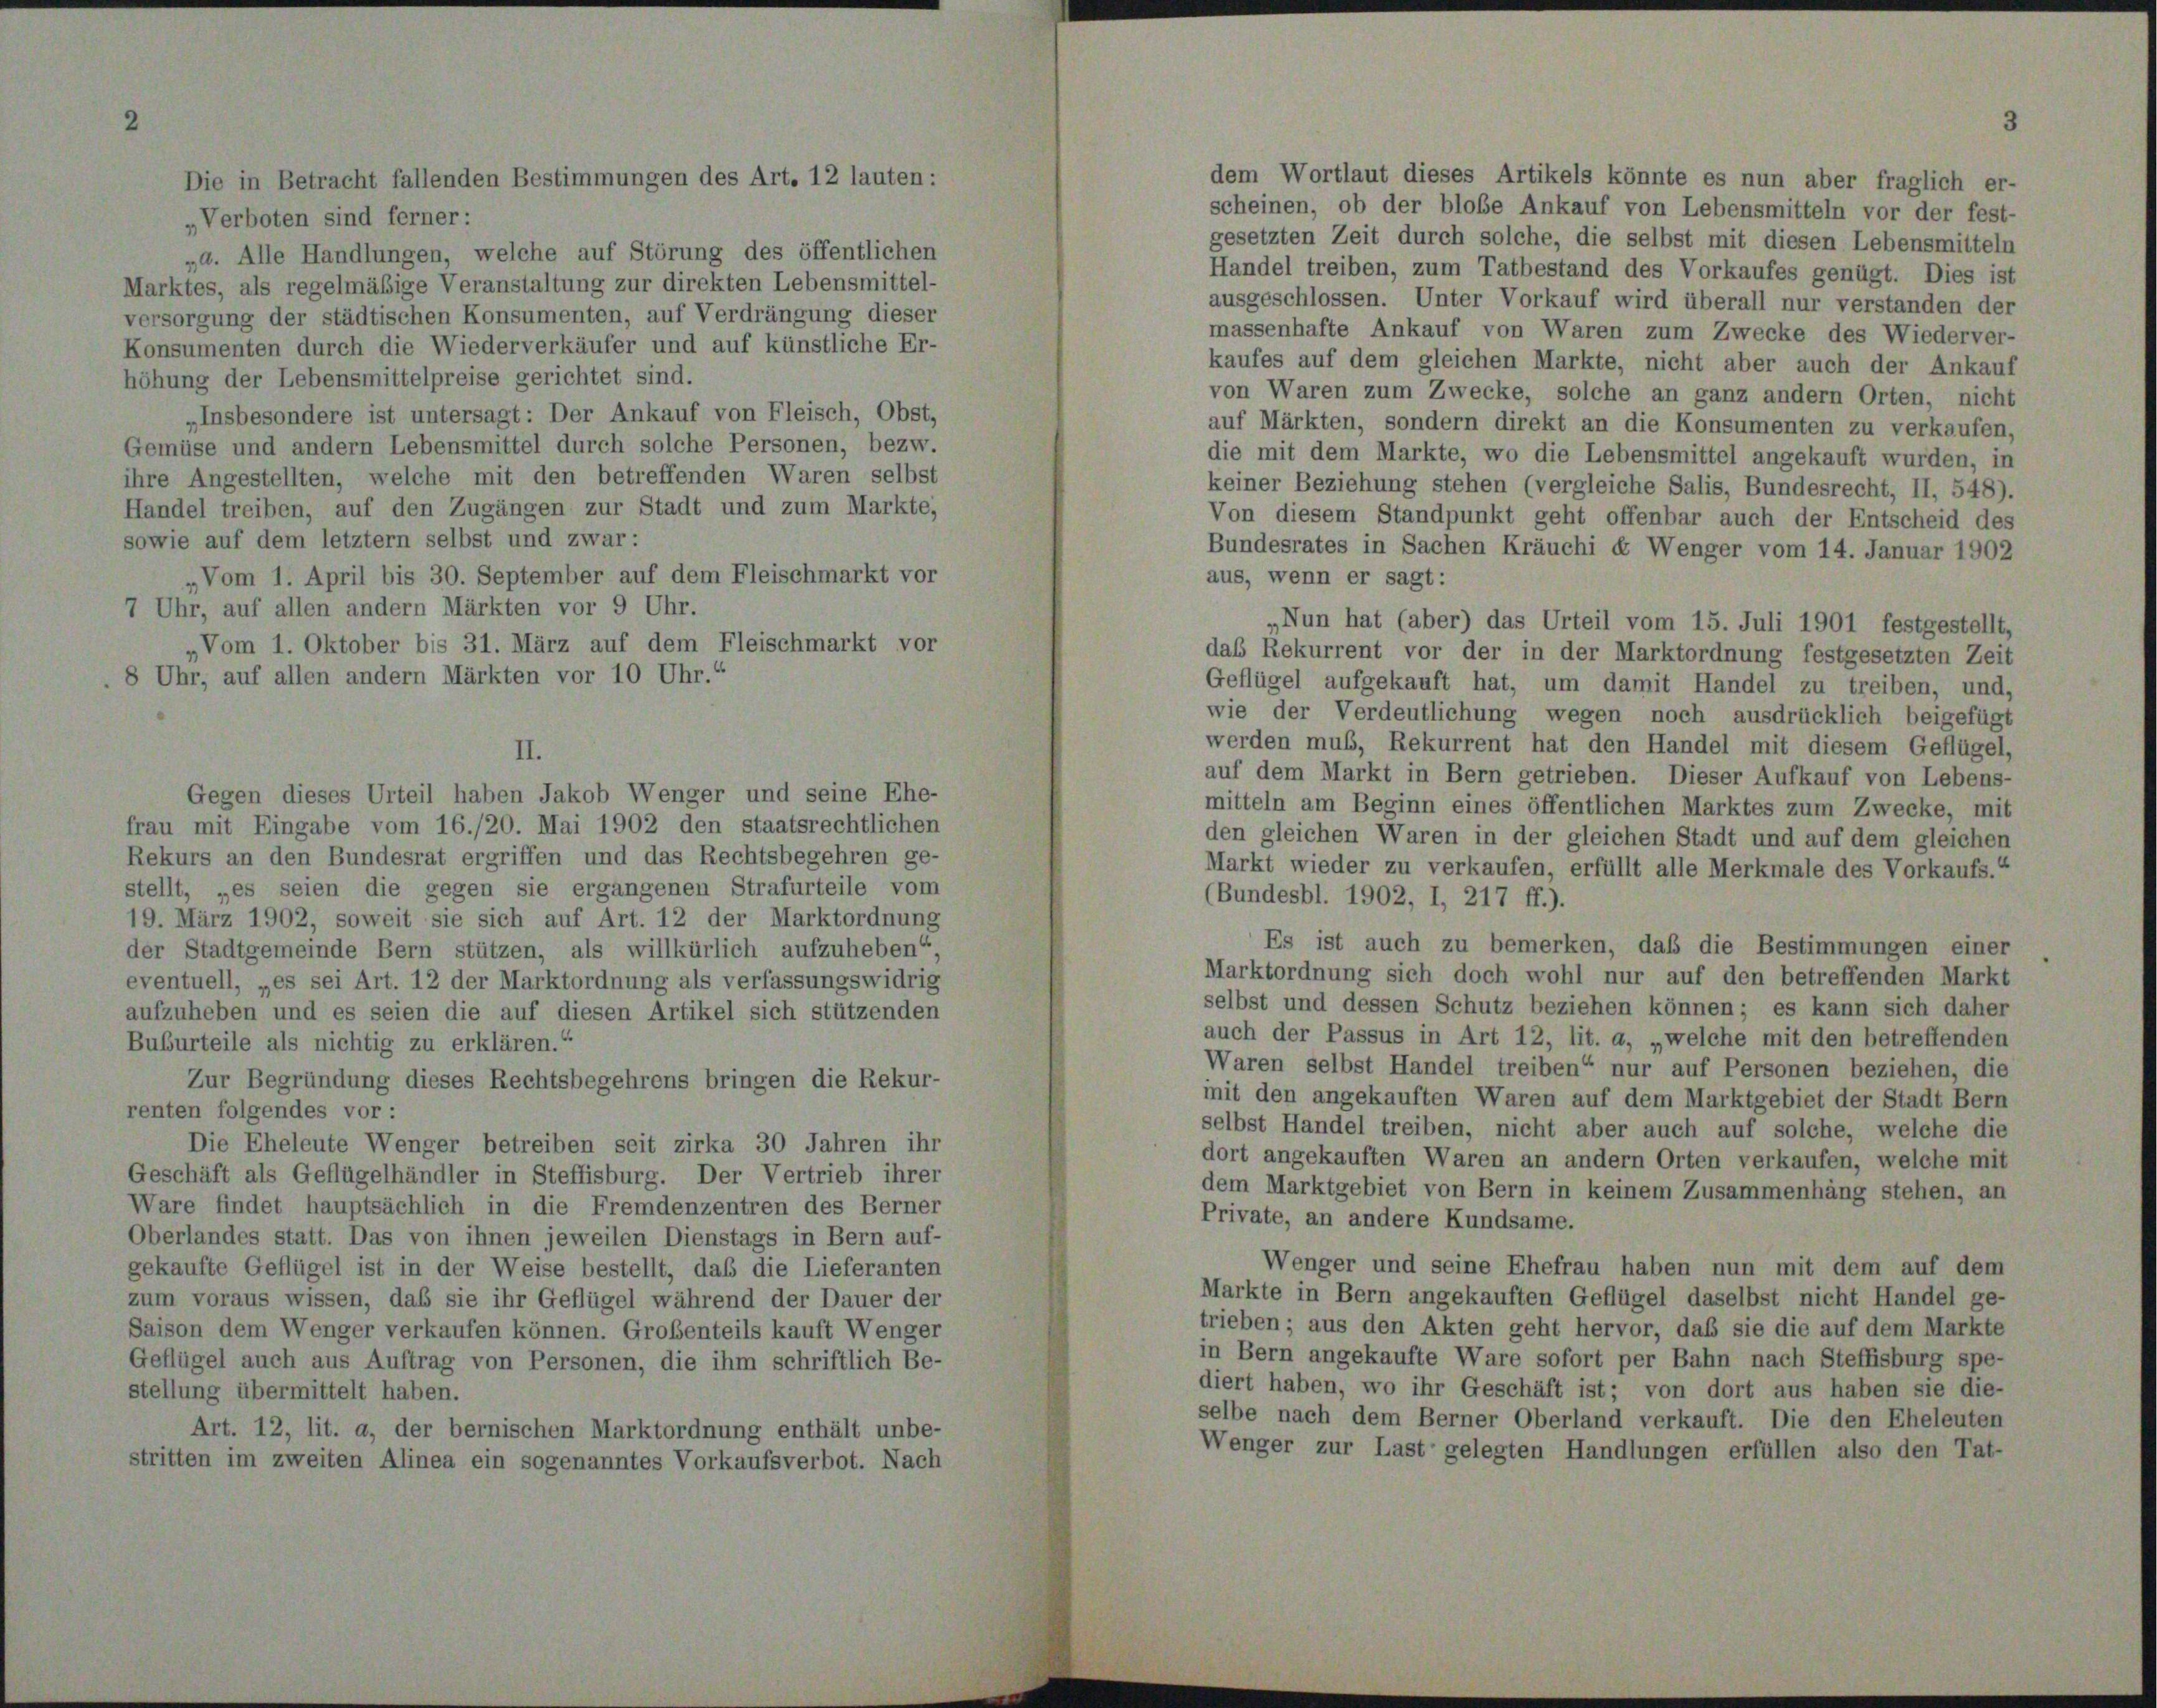
ndesrat ergriffen und das Rech
die gegen sie ergangenen St
weit sie sich auf Art. 12 der
Bern stützen, als willkürlich
Art. 12 der Marktordnung als ve
seien die auf diesen Artikel :

st: De
ittel d.

I

r Ank
urch s.
betre
zur Si

er in Steffisburg.
h in die Frem
ihnen jeweilen
er Weise bestell
sie ihr Geflügel v

er auf dem
or 9 Uhr.

.

d

em

F

der

Vertrie

daß die Lie

dem Wortlaut dieses Artikels könnte es nun aber fraglich er-
scheinen, ob der bloße Ankauf von Lebensmitteln vor der fest-
gesetzten Zeit durch solche, die selbst mit diesen Lebensmitteln
Handel treiben, zum Tatbestand des Vorkaufes genügt. Dies ist
ausgeschlossen. Unter Vorkauf wird überall nur verstanden der
massenhafte Ankauf von Waren zum Zwecke des Wiederver-
kaufes auf dem gleichen Markte, nicht aber auch der Ankauf
von Waren zum Zwecke, solche an ganz andern Orten, nicht
auf Märkten, sondern direkt an die Konsumenten zu verkaufen
die mit dem Markte, wo die Lebensmittel angekauft wurden, in
keiner Beziehung stehen (vergleiche Salis, Bundesrecht, II, 548).
Von diesem Standpunkt geht offenbar auch der Entscheid des
Bundesrates in Sachen Kräuchi d Wenger vom 14. Januar 1902
aus, wenn er sagt:
„Nun hat (aber) das Urteil vom 15. Juli 1901 festgestellt,
daß Rekurrent vor der in der Marktordnung festgesetzten Zeit
Geflügel aufgekauft hat, um damit Handel zu treiben, und,
wie der Verdeutlichung wegen noch ausdrücklich beigefügt
werden muß, Rekurrent hat den Handel mit diesem Geflügel,
auf dem Markt in Bern getrieben. Dieser Aufkauf von Lebens-
mitteln am Beginn eines öffentlichen Marktes zum Zwecke, mit
den gleichen Waren in der gleichen Stadt und auf dem gleichen
Markt wieder zu verkaufen, erfüllt alle Merkmale des Vorkaufs.“
(Bundesbl. 1902, I, 217 ff.).
Es ist auch zu bemerken, daß die Bestimmungen einer
Marktordnung sich doch wohl nur auf den betreffenden Markt
selbst und dessen Schutz beziehen können; es kann sich daher
auch der Passus in Art 12, lit. a, „welche mit den betreffenden
Waren selbst Handel treiben“ nur auf Personen beziehen, die
mit den angekauften Waren auf dem Marktgebiet der Stadt Bern
selbst Handel treiben, nicht aber auch auf solche, welche die
dort angekauften Waren an andern Orten verkaufen, welche mit
dem Marktgebiet von Bern in keinem Zusammenhäng stehen, an
Private, an andere Kundsame.
Wenger und seine Ehefrau haben nun mit dem auf dem
Markte in Bern angekauften Geflügel daselbst nicht Handel ge-
trieben; aus den Akten geht hervor, daß sie die auf dem Markte
in Bern angekaufte Ware sofort per Bahn nach Steffisburg spe-
diert haben, wo ihr Geschäft ist; von dort aus haben sie die-
selbe nach dem Berner Oberland verkauft. Die den Eheleuten
Wenger zur Last gelegten Handlungen erfüllen also den Tat-